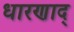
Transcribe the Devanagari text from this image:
धारणाद्